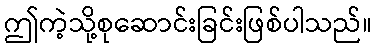
ဤကဲ့သို့စုဆောင်းခြင်းဖြစ်ပါသည်။